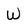
Character: W